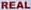
REAL